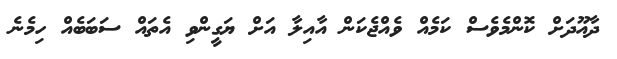
ދާއޫދަށް ކޮންމެވެސް ކަމެއް ވެއްޖެކަން އާއިލާ އަށް ޔަގީންވި އެތައް ސަބަބެއް ހިމެނެ